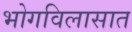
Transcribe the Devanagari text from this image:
भोगविलासात